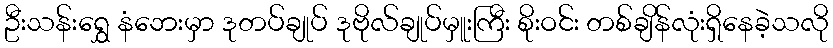
ဦးသန်းရွှေ နံဘေးမှာ ဒုတပ်ချုပ် ဒုဗိုလ်ချုပ်မှူးကြီး စိုးဝင်း တစ်ချိန်လုံးရှိနေခဲ့သလို